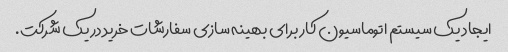
ایجاد یک سیستم اتوماسیون کار برای بهینه سازی سفارشات خرید در یک شرکت.